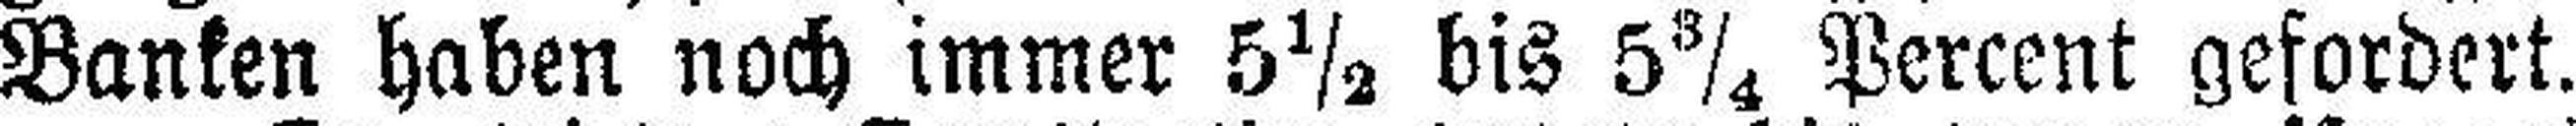
Banken haben noch immer 5½ bis 5¾ Percent gefordert.